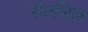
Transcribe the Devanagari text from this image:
सेंतमिळ